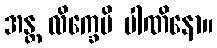
အန္တ လိက္ခေပိ ပါဏိနော။